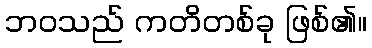
ဘဝသည် ကတိတစ်ခု ဖြစ်၏။